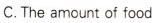
C.The amount of food